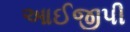
આઈજીપી